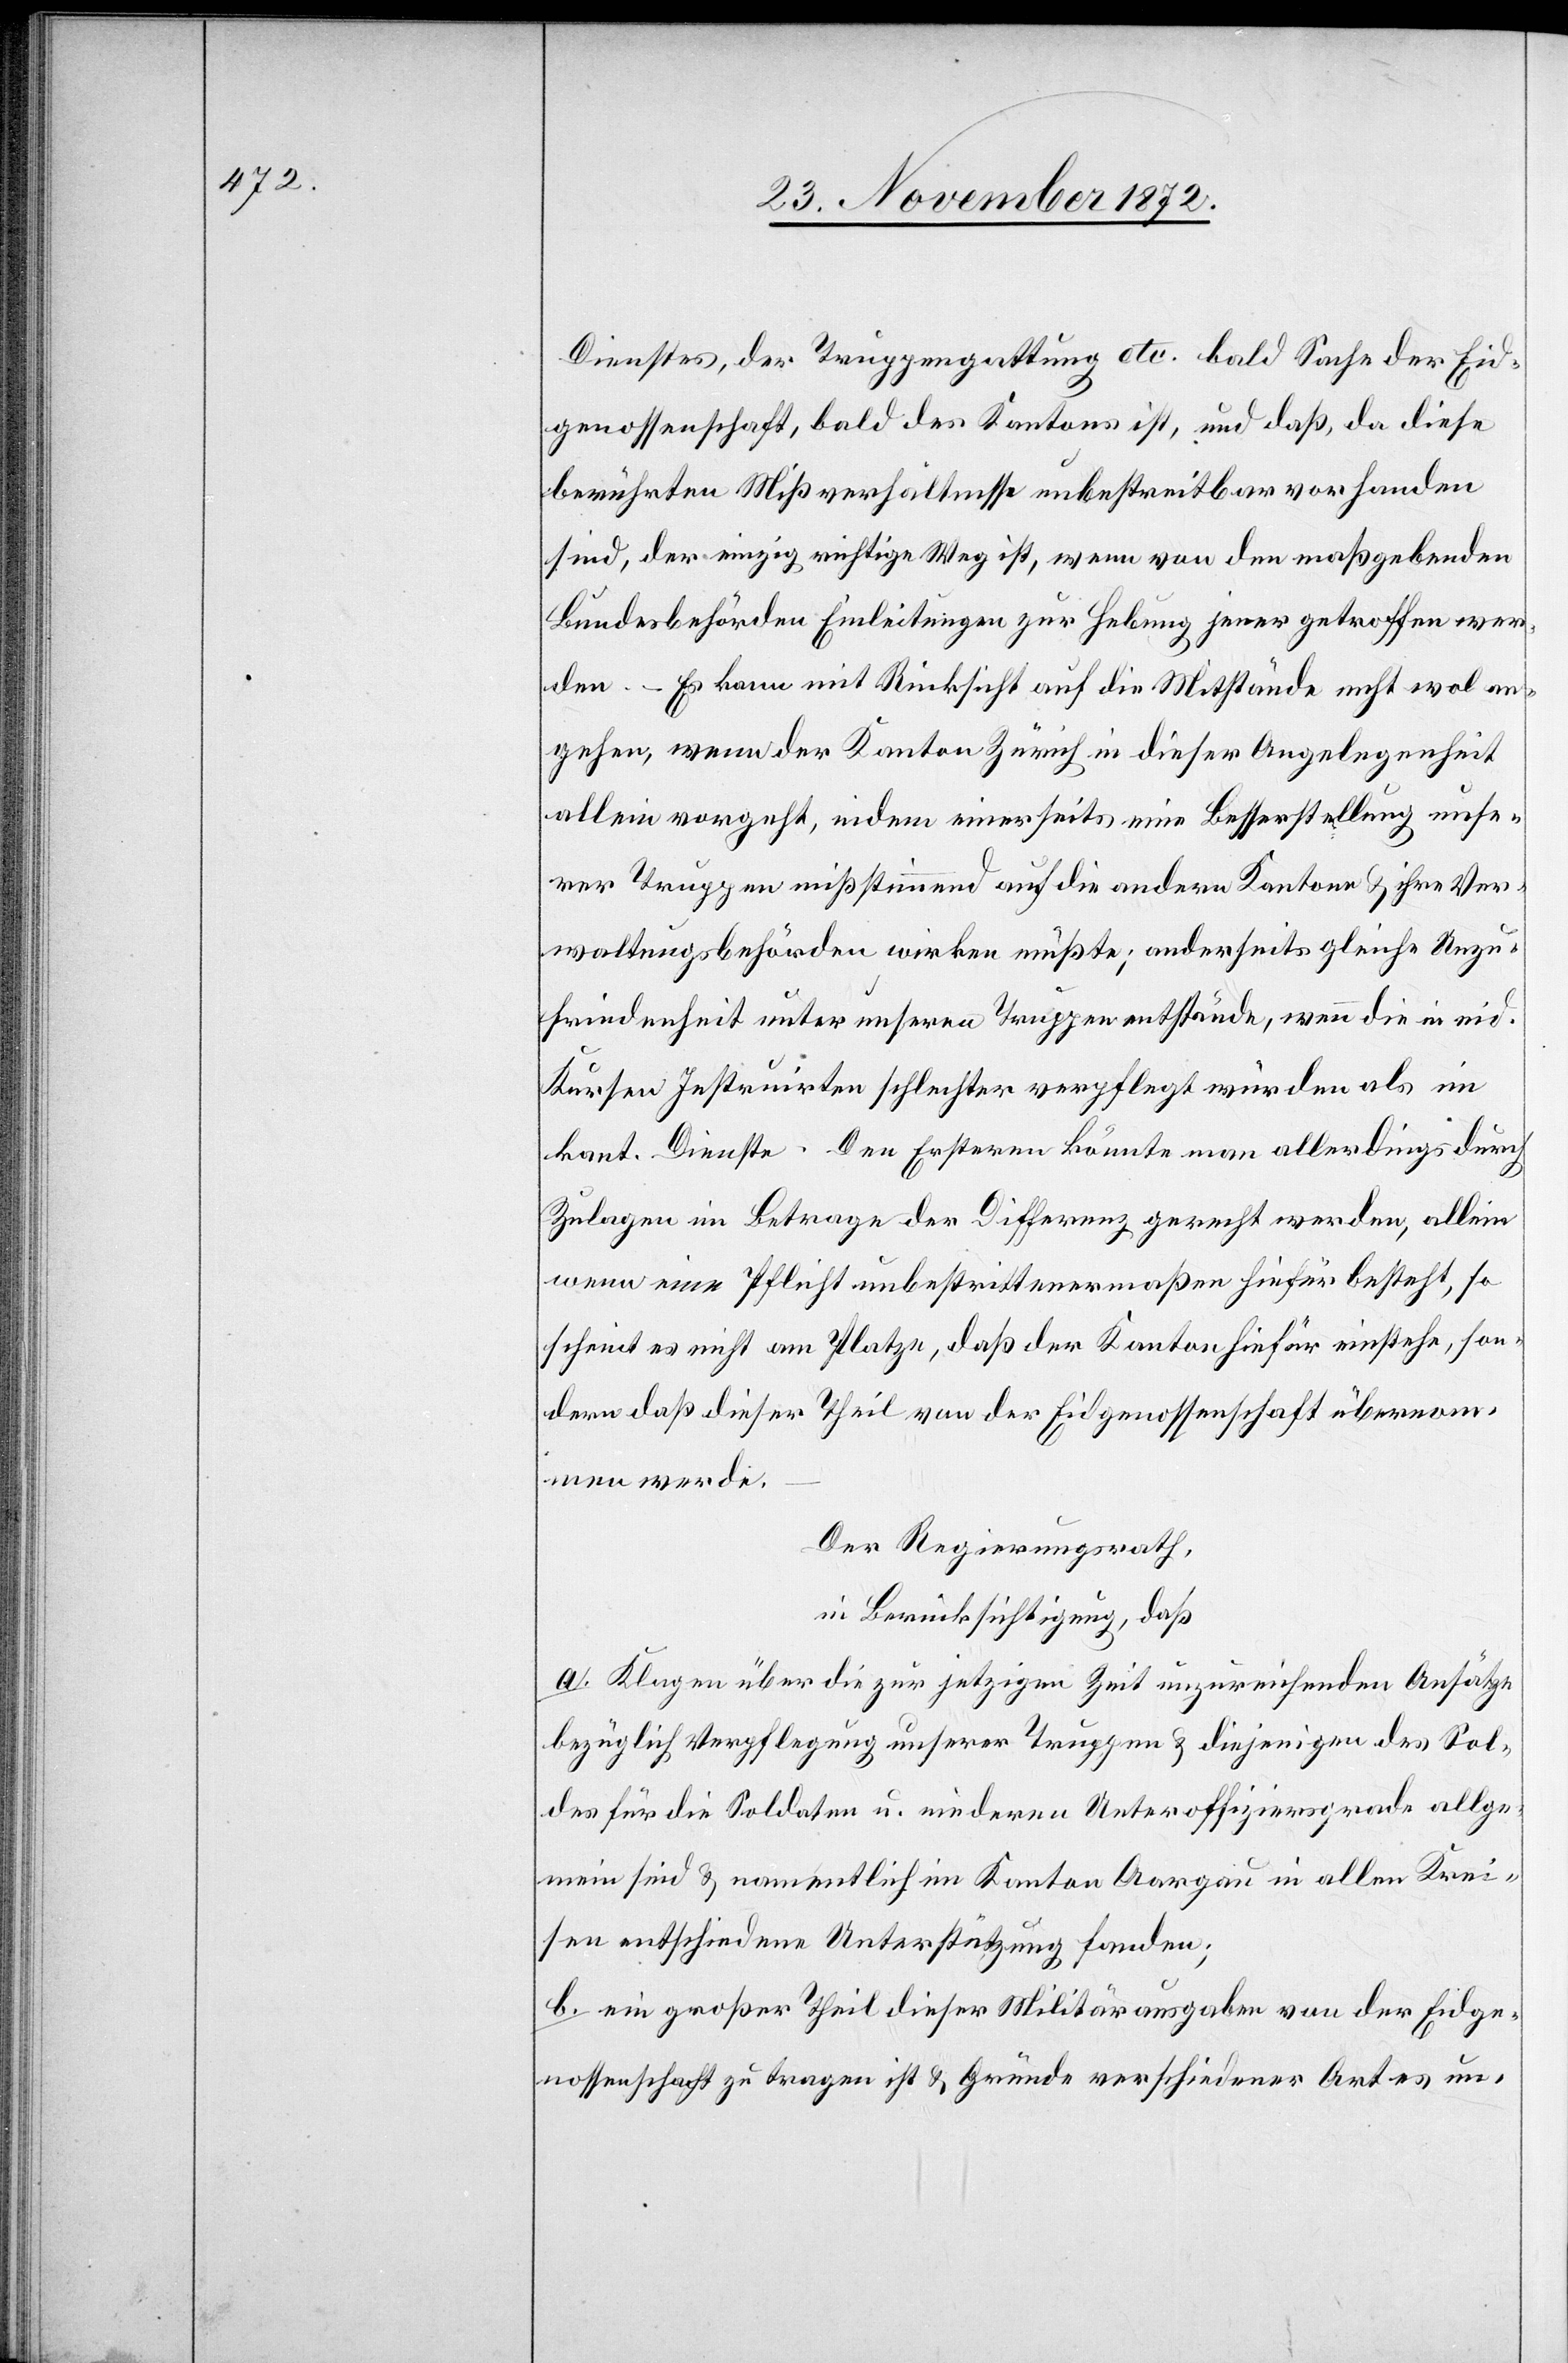
Dienstes, der Truppengattung etc. bald Sache der Eid¬
genossenschaft, bald des Kantons ist, und daß, da diese
berührten Mißverhältnisse unbestreitbar vorhanden
sind, der einzig richtige Weg ist, wenn von den maßgebenden
Bundesbehörden Einleitungen zur Hebung jener getroffen wer¬
den – Es kann mit Rücksicht auf die Mitstände nicht wol an¬
gehen, wenn der Kanton Zürich in dieser Angelegenheit
allein vorgeht, indem einerseits eine Besserstellung unse¬
rer Truppen mißstimmend auf die andern Kantone u. ihre Ver¬
waltungsbehörden wirken müsste; anderseits gleiche Unzu¬
friedenheit unter unseren Truppen entstände, wenn die in eid.
Kursen Instruirten schlechter verpflegt würden als im
kant. Dienste. Den Ersteren könnte man allerdings durch
Zulagen im Betrage der Differenz gerecht werden, allein
wenn eine Pflicht unbestrittenermaßen hiefür besteht, so
scheint es nicht am Platze, daß der Kanton hiefür einstehe, son¬
dern daß dieser Theil von der Eidgenossenschaft übernom¬
men werde.
Der Regierungsrath,
in Berücksichtigung, daß
a. Klagen über die zur jetzigen Zeit unzureichenden Ansätze
bezüglich Verpflegung unserer Truppen u. diejenigen des Sol¬
des für die Soldaten u. niederen Unteroffiziersgrade allge¬
mein sind u. namentlich im Kanton Aargau in allen Krei¬
sen entschiedene Unterstützung fanden;
b. ein großer Theil dieser Militärausgaben von der Eidge¬
nossenschaft zu tragen ist u. Gründe verschiedener Art es un-